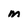
Character: m